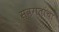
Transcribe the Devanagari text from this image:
स्वगतांचा